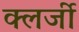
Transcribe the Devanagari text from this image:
क्लर्जी